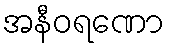
အနီဝရဏော